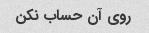
روی آن حساب نکن